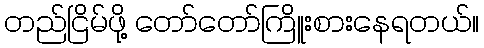
တည်ငြိမ်ဖို့ တော်တော်ကြိူးစားနေရတယ်။